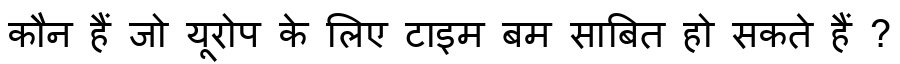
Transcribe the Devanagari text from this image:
कौन हैं जो यूरोप के लिए टाइम बम साबित हो सकते हैं ?